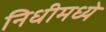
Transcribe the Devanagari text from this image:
निधीमध्ये